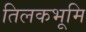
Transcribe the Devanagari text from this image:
तिलकभूमि